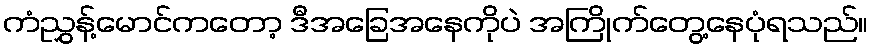
ကံညွှန့်မောင်ကတော့ ဒီအခြေအနေကိုပဲ အကြိုက်တွေ့နေပုံရသည်။